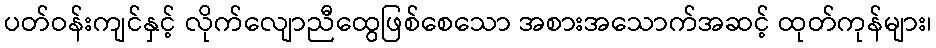
ပတ်ဝန်းကျင်နှင့် လိုက်လျောညီထွေဖြစ်စေသော အစားအသောက်အဆင့် ထုတ်ကုန်များ၊